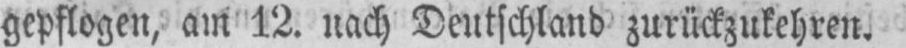
gepflogen, am 12. nach Deutschland zurückzukehren.